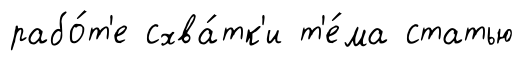
рабо́т'е схва́тк'и т'е́ма статью